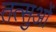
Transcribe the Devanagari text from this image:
तत्सुओं